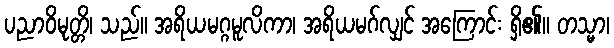
ပညာဝိမုတ္တိ၊ သည်။ အရိယမဂ္ဂမူလိကာ၊ အရိယမဂ်လျှင် အကြောင်း ရှိ၏။ တသ္မာ၊